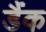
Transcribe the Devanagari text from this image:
डैंक